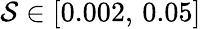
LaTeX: \mathcal{S}\in[0.002,\, 0.05]